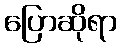
ပြောဆိုရာ